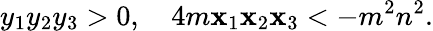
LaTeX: y_{1}y_{2}y_{3}>0,\quad4m\mathbf{x}_{1}\mathbf{x}_{2}\mathbf{x}_{3}<-m^{2}n^{2}.